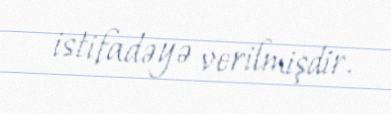
istifadəyə verilmişdir.